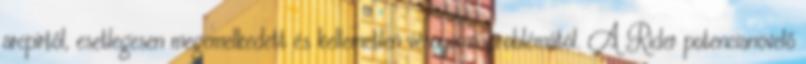
arcpirtől, esetlegesen megemelkedett és kellemetlen vérnyomásproblémától. A Rider potencianövelő